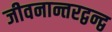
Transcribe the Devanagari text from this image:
जीवनान्तरद्वन्द्व